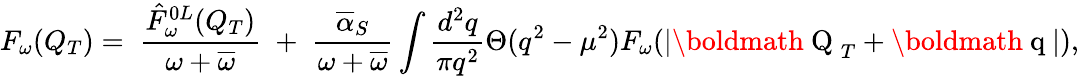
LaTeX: F_{\omega}(Q_{T})=\; \frac{\hat{F}_{\omega}^{0L}(Q_{T})}{\omega+\overline{{{\omega}}}}\; +\; \frac{\overline{{{\alpha}}}_{S}}{\omega+\overline{{{\omega}}}}\int\frac{d^{2}q}{\pi q^{2}}\Theta(q^{2}-\mu^{2})F_{\omega}(|\mathrm{\boldmath~Q~}_{T}+\mathrm{\boldmath~q~}|),